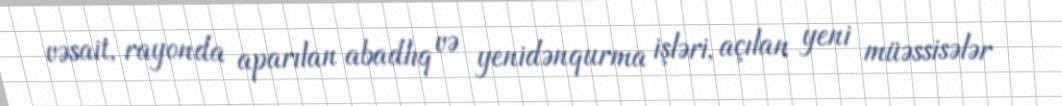
vəsait, rayonda aparılan abadlıq və yenidənqurma işləri, açılan yeni müəssisələr